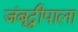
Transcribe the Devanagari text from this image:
जंबूद्वीपाला